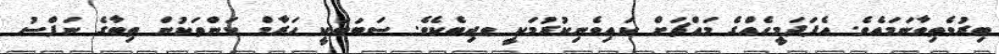
ބިރުވެތިވާނަމައެވެ. އެފަދަމީހެއްގެ މައްޗަށް ކައިވެނިކުރުމަކީ ވޖިބެކެވެ. ސަބަބަކީ ޙަރާމް ކަންތަކުން ތިބާގެ ނަފްސު